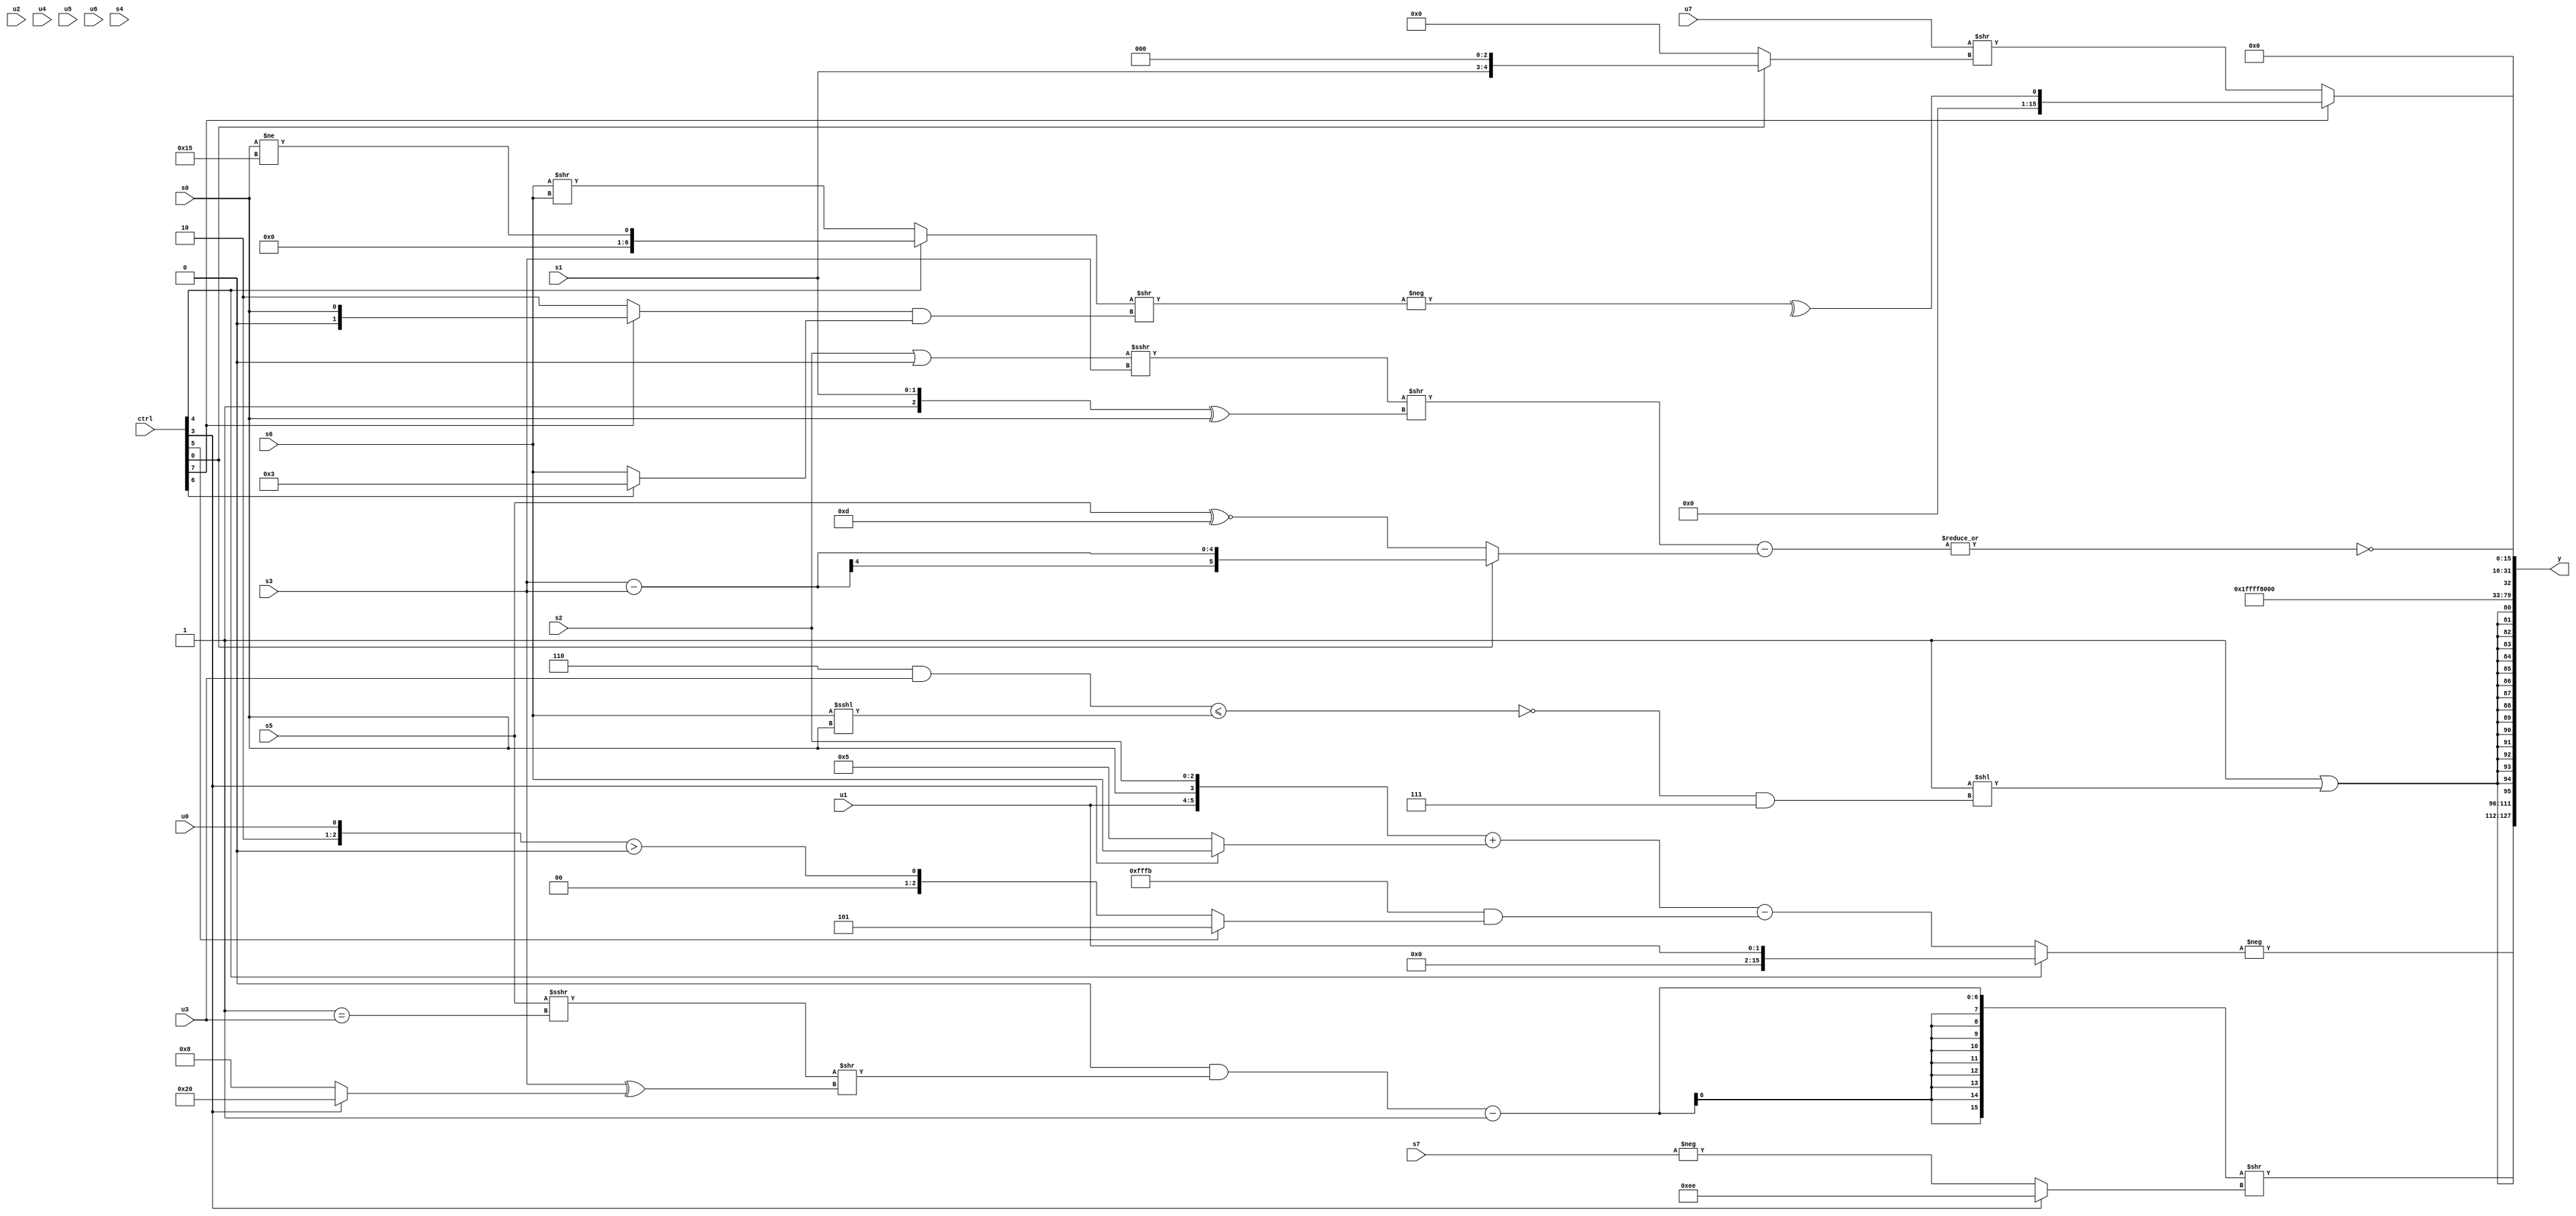
module wideexpr_00931(ctrl, u0, u1, u2, u3, u4, u5, u6, u7, s0, s1, s2, s3, s4, s5, s6, s7, y);
  input [7:0] ctrl;
  input [0:0] u0;
  input [1:0] u1;
  input [2:0] u2;
  input [3:0] u3;
  input [4:0] u4;
  input [5:0] u5;
  input [6:0] u6;
  input [7:0] u7;
  input signed [0:0] s0;
  input signed [1:0] s1;
  input signed [2:0] s2;
  input signed [3:0] s3;
  input signed [4:0] s4;
  input signed [5:0] s5;
  input signed [6:0] s6;
  input signed [7:0] s7;
  output [127:0] y;
  wire [15:0] y0;
  wire [15:0] y1;
  wire [15:0] y2;
  wire [15:0] y3;
  wire [15:0] y4;
  wire [15:0] y5;
  wire [15:0] y6;
  wire [15:0] y7;
  assign y = {y0,y1,y2,y3,y4,y5,y6,y7};
  assign y0 = -((ctrl[4]?u1:($signed($signed(({u1,s0,s2})+((ctrl[3]?s6:3'b101)))))-((-($signed({1{4'b0101}})))&((ctrl[5]?{$signed(2'b01),-(2'sb11)}:({2'sb10,u0})>((u0)<<<(2'sb11)))))));
  assign y1 = (($unsigned((1'sb0)&(((s5)>>>($signed((1'b1)==(u3))))>>((s3)^((ctrl[3]?(6'sb111100)<<(2'sb11):(2'sb00)-(6'sb111000)))))))-({2'b01}))>>((ctrl[3]?6'sb101110:-(s7)));
  assign y2 = (1'sb1)|($signed(($signed($signed(({5'sb01110,5'sb10101})!=(s3))))<<((~|(((3'sb110)&(u3))<=((s6)<<<(s0))))&(5'b00111))));
  assign y3 = 4'sb0011;
  assign y4 = 3'sb111;
  assign y5 = ~|((((+(($signed(s2))|(+(1'sb0))))>>>(s3))>>(((+({1'sb1,s1}))>>>(($signed(2'b11))>(6'sb000001)))^(s0)))-((ctrl[0]?(s3)-(s3):$signed($unsigned($signed((s5)^~(5'sb01101)))))));
  assign y6 = 2'sb00;
  assign y7 = (ctrl[7]?^(-($signed(((ctrl[4]?(s0)!=(5'sb10101):(s6)>>(s6)))>>(((ctrl[7]?s0:5'b00010))&((ctrl[6]?2'b11:s6)))))):(u7)>>($signed((ctrl[0]?(+(s1))<<<(4'sb0011):(-({1{5'b01111}}))<<<($unsigned((4'b1010)<<(1'sb0)))))));
endmodule